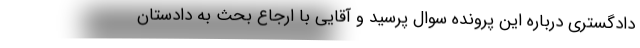
دادگستری درباره این پرونده سوال پرسید و آقایی با ارجاع بحث به دادستان